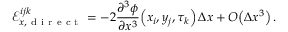
\mathcal { E } _ { x , \mathrm { ~ d ~ i ~ r ~ e ~ c ~ t ~ } } ^ { i j k } = - 2 \frac { \partial ^ { 3 } \phi } { \partial x ^ { 3 } } \! \left( x _ { i } , y _ { j } , \tau _ { k } \right) \Delta x + O \! \left( \Delta x ^ { 3 } \right) .